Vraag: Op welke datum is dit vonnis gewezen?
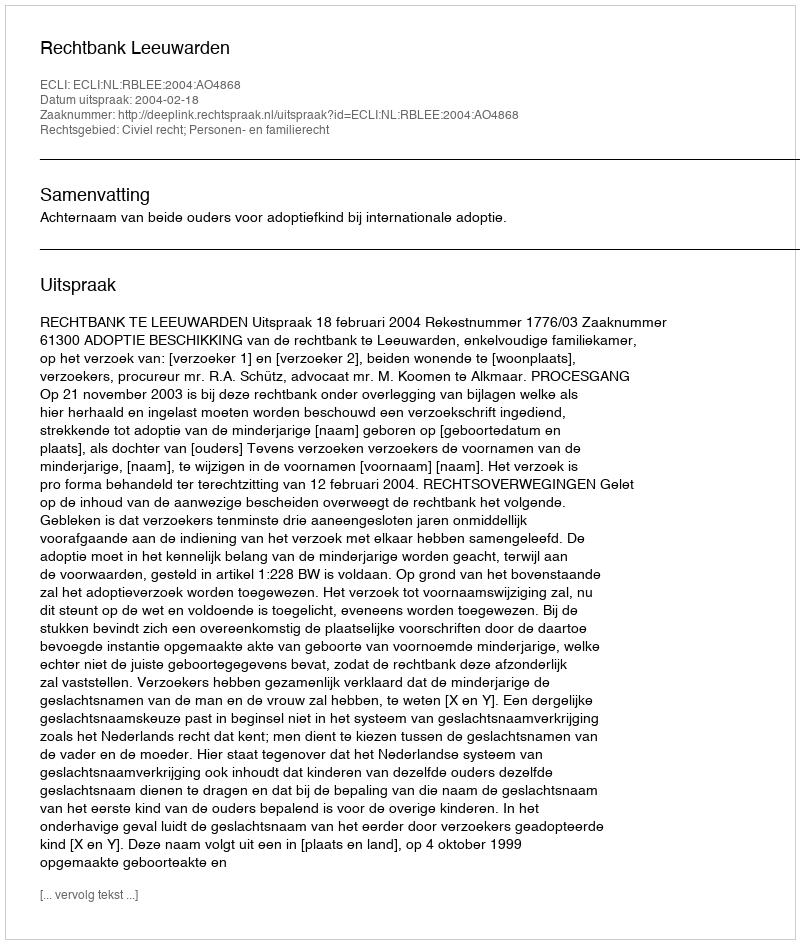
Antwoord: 2004-02-18